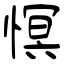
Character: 慏